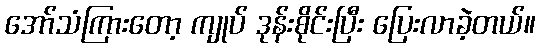
အော်သံကြားတော့ ကျုပ် ဒုန်းစိုင်းပြီး ပြေးလာခဲ့တယ်။